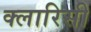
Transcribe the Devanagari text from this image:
क्लारिसी